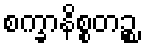
စက္ခာနိစ္စတဉ္စ